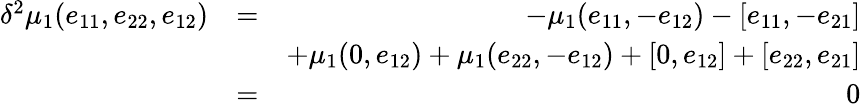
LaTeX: \begin{array}{rlr}{\delta^{2}\mu_{1}(e_{11},e_{22},e_{12})}&{=}&{-\mu_{1}(e_{11},-e_{12})-[e_{11},-e_{21}]}\\ &{}&{+\mu_{1}(0,e_{12})+\mu_{1}(e_{22},-e_{12})+[0,e_{12}]+[e_{22},e_{21}]}\\ &{=}&{0}\end{array}